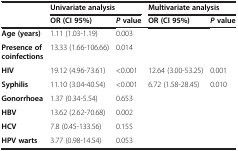
|  | <COLSPAN=2> Univariate analysis | <COLSPAN=2> Multivariate analysis |
 |  | OR (CI 95%) | Pvalue | OR (CI 95%) | Pvalue |
 | --- | --- | --- | --- | --- |
 | Age (years) | 1.11 (1.03-1.19) | 0.003 |  |  |
 | Presence of coinfections | 13.33 (1.66-106.66) | 0.014 |  |  |
 | HIV | 19.12 (4.96-73.61) | <0.001 | 12.64 (3.00-53.25) | 0.001 |
 | Syphilis | 11.10 (3.04-40.54) | <0.001 | 6.72 (1.58-28.45) | 0.010 |
 | Gonorrhoea | 1.37 (0.34-5.54) | 0.653 |  |  |
 | HBV | 13.62 (2.62-70.68) | 0.002 |  |  |
 | HCV | 7.8 (0.45-133.56) | 0.155 |  |  |
 | HPV warts | 3.77 (0.98-14.54) | 0.053 |  |  |